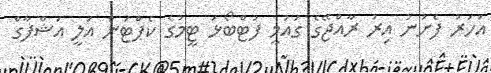
އަހަރު ފެށުނު އިރު ރާއްޖޭގެ ގައުމީ ފުޓްބޯޅަ ޓީމުގެ ކެޕްޓަން އަލީ އަޝްފާގް